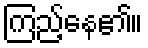
ကြည့်နေ၏။